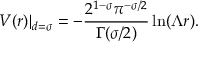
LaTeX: V ( r ) | _ { d = \sigma } = - \frac { 2 ^ { 1 - \sigma } \pi ^ { - \sigma / 2 } } { \Gamma ( \sigma / 2 ) } \ln ( \Lambda r ) .